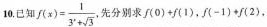
10.已知 $$f(x)= \frac{1}{3^{x}+ \sqrt{3}}$$ 先分别求f(0)+(1)，f(-1)+f(2)，